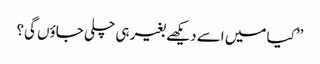
’’کیا میں اسے دیکھے بغیر ہی چلی جاؤں گی؟